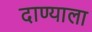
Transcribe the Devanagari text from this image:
दाण्याला